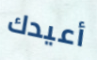
أعيدك